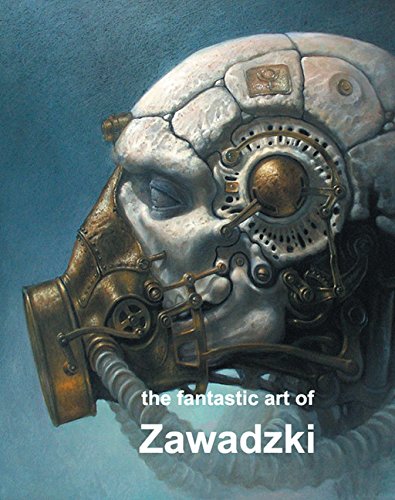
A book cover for The Fantastic Art of Zawadski; Arts & Photography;